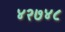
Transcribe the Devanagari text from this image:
४२७४८